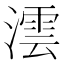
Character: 澐